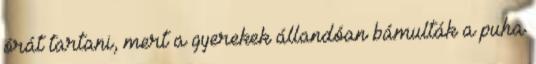
órát tartani, mert a gyerekek állandóan bámulták a puha